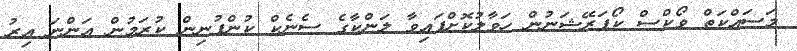
މަސައްކަތް ވޯކްސް ކޯޕަރޭޝަނުން ހަވާލުކޮށްފައިވާ ލަންކާގެ ސެނެކް ކުންފުނިން ކުރަމުން އަންނަ އިރު